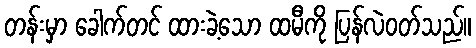
တန်းမှာ ခေါက်တင် ထားခဲ့သော ထမီကို ပြန်လဲဝတ်သည်။